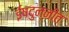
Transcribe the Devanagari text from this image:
ईषदुन्नीत